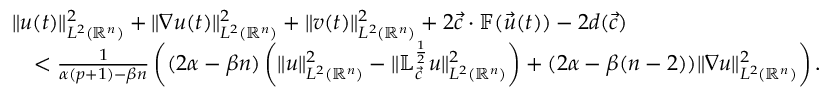
\begin{array} { r l } & { \| u ( t ) \| _ { L ^ { 2 } ( { \mathbb { R } ^ { n } } ) } ^ { 2 } + \| \nabla u ( t ) \| _ { L ^ { 2 } ( { \mathbb { R } ^ { n } } ) } ^ { 2 } + \| v ( t ) \| _ { L ^ { 2 } ( { \mathbb { R } ^ { n } } ) } ^ { 2 } + 2 { \vec { c } } \cdot \mathbb { F } ( \vec { u } ( t ) ) - 2 d ( { \vec { c } } ) } \\ & { \quad < \frac { 1 } { \alpha ( p + 1 ) - \beta n } \left( ( 2 \alpha - \beta n ) \left( \| u \| _ { { L ^ { 2 } ( { \mathbb { R } ^ { n } } ) } } ^ { 2 } - \| \mathbb { L } _ { \vec { c } } ^ { \frac 1 2 } u \| _ { L ^ { 2 } ( { \mathbb { R } ^ { n } } ) } ^ { 2 } \right) + ( 2 \alpha - \beta ( n - 2 ) ) \| \nabla u \| _ { L ^ { 2 } ( { \mathbb { R } ^ { n } } ) } ^ { 2 } \right) . } \end{array}